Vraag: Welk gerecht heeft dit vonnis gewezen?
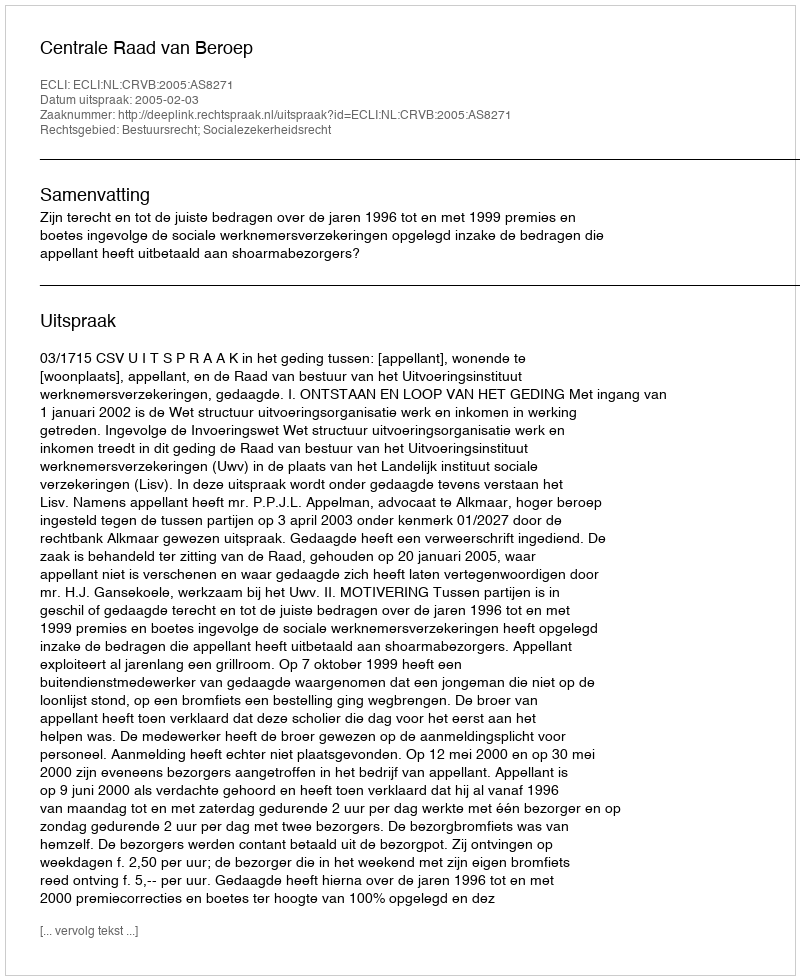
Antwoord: Centrale Raad van Beroep